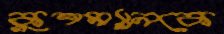
কুশম্যানকে